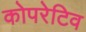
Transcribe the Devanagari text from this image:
कोपरेटिव